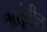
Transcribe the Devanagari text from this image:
ऋतूंतील